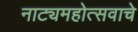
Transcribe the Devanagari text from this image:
नाट्यमहोत्सवाचे